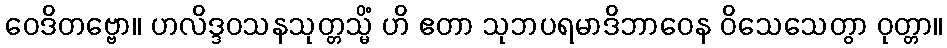
ဝေဒိတဗ္ဗော။ ဟလိဒ္ဒဝသနသုတ္တသ္မိံ ဟိ ဧတာ သုဘပရမာဒိဘာဝေန ဝိသေသေတွာ ဝုတ္တာ။